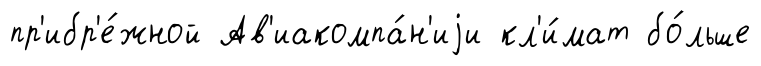
пр'ибр'е́жной Ав'иакомпа́н'иjи кл'и́мат бо́льше